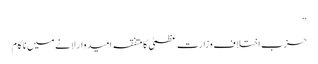
‘‘
حزبِ اختلاف وزارتِ عظمیٰ کا متفقہ امیدوار لانے میں ناکام